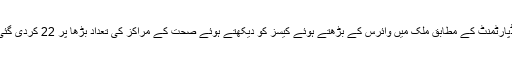
ہیلتھ ڈپارٹمنٹ کے مطابق ملک میں وائرس کے بڑھتے ہوئے کیسز کو دیکھتے ہوئے صحت کے مراکز کی تعداد بڑھا پر 22 کردی گئی ہے۔